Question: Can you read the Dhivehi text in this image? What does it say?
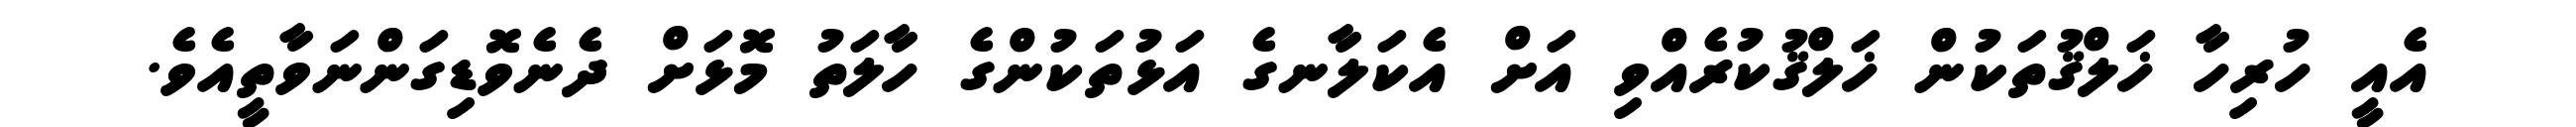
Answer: އެއީ ހުރިހާ ޚަލްޤުތަކުން ޚަލްޤުކުރެއްވި އަށް އެކަލާނގެ އަޅުތަކުންގެ ހާލަތު މޮޅަށް ދެނެވޮޑިގަންނަވާތީއެވެ.